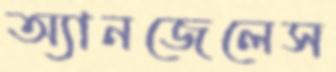
অ্যানজেলেস